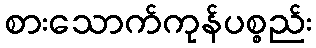
စားသောက်ကုန်ပစ္စည်း